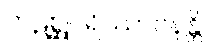
ကဋစ္ဆုပရိဿာဝနန္တိ